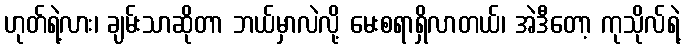
ဟုတ်ရဲ့လား၊ ချမ်းသာဆိုတာ ဘယ်မှာလဲလို့ မေးစရာရှိလာတယ်၊ အဲဒီတော့ ကုသိုလ်ရဲ့